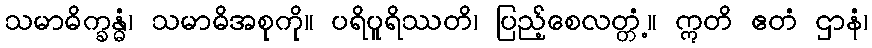
သမာဓိက္ခန္ဓံ၊ သမာဓိအစုကို။ ပရိပူရိဿတိ၊ ပြည့်စေလတ္တံ့။ ဣတိ ဧတံ ဌာနံ၊